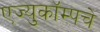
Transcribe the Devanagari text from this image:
एज्युकॉम्पचे